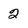
Character: 2